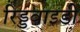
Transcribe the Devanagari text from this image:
रिड्डवाइडी